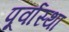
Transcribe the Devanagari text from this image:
पूर्वास्था